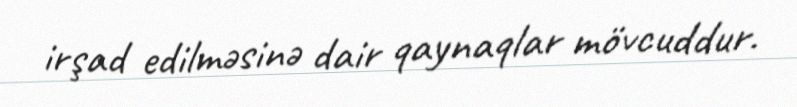
irşad edilməsinə dair qaynaqlar mövcuddur.